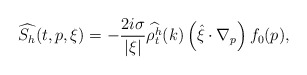
\begin{align*} \widehat{S_h}(t,p, \xi) = -\frac{2i \sigma}{|\xi|} \widehat{\rho^h_t}(k) \left(\hat{\xi} \cdot \nabla_p \right) f_0(p),\end{align*}